Indian journal of veterinary science and animal husbandry - Volumes 22-23, 1952-1953
Year: 1952
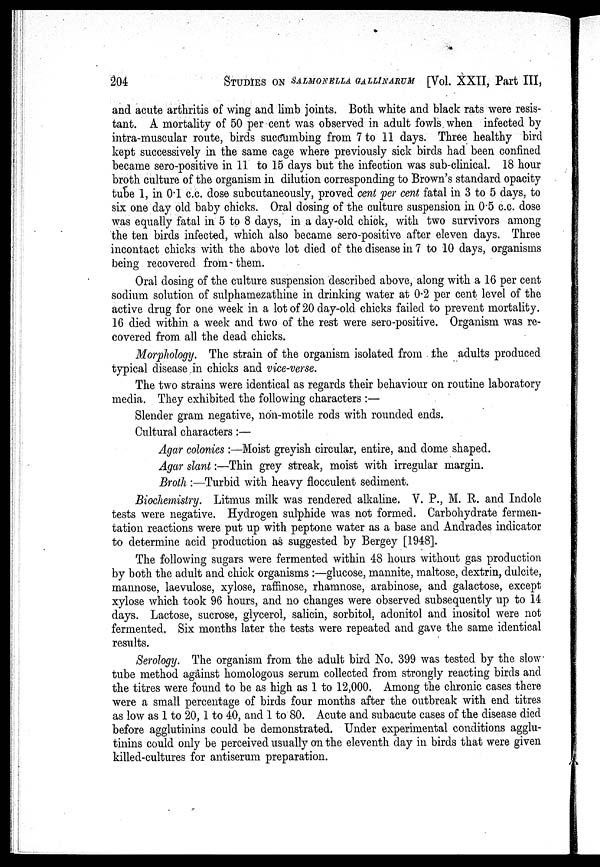
204 STUDIES ON SALMONELLA GALLINARUM [Vol. XXII, Part III,
and acute arthritis of wing and limb joints. Both white and black rats were resis-
tant. A mortality of 50 per cent was observed in adult fowls when infected by
intra-muscular route, birds succumbing from 7 to 11 days. Three healthy bird
kept successively in the same cage where previously sick birds had been confined
became sero-positive in 11 to 15 days but the infection was sub-clinical. 18 hour
broth culture of the organism in dilution corresponding to Brown's standard opacity
tube 1, in 0.1 c.c. dose subcutaneously, proved cent per cent fatal in 3 to 5 days, to
six one day old baby chicks. Oral dosing of the culture suspension in 0.5 c.c. dose
was equally fatal in 5 to 8 days, in a day-old chick, with two survivors among
the ten birds infected, which also became sero-positive after eleven days. Three
incontact chicks with the above lot died of the disease in 7 to 10 days, organisms
being recovered from-them.
Oral dosing of the culture suspension described above, along with a 16 per cent
sodium solution of sulphamezathine in drinking water at 0.2 per cent level of the
active drug for one week in a lot of 20 day-old chicks failed to prevent mortality.
16 died within a week and two of the rest were sero-positive. Organism was re-
covered from all the dead chicks.
Morphology. The strain of the organism isolated from the adults produced
typical disease in chicks and vice-verse.
The two strains were identical as regards their behaviour on routine laboratory
media. They exhibited the following characters :—
Slender gram negative, non-motile rods with rounded ends.
Cultural characters:—
Agar colonies :—Moist greyish circular, entire, and dome shaped.
Agar slant:—Thin grey streak, moist with irregular margin.
Broth :—Turbid with heavy flocculent sediment.
Biochemistry. Litmus milk was rendered alkaline. V. P., M. R. and Indole
tests were negative. Hydrogen sulphide was not formed. Carbohydrate fermen-
tation reactions were put up with peptone water as a base and Andrades indicator
to determine acid production as suggested by Bergey [1948].
The following sugars were fermented within 48 hours without gas production
by both the adult and chick organisms :—glucose, mannite, maltose, dextrin, dulcite,
mannose, laevulose, xylose, raffinose, rhamnose, arabinose, and galactose, except
xylose which took 96 hours, and no changes were observed subsequently up to 14
days. Lactose, sucrose, glycerol, salicin, sorbitol, adonitol and inositol were not
fermented. Six months later the tests were repeated and gave the same identical
results.
Serology. The organism from the adult bird No. 399 was tested by the slow-
tube method against homologous serum collected from strongly reacting birds and
the titres were found to be as high as 1 to 12,000. Among the chronic cases there
were a small percentage of birds four months after the outbreak with end titres
as low as 1 to 20, 1 to 40, and 1 to 80. Acute and subacute cases of the disease died
before agglutinins could be demonstrated. Under experimental conditions agglu-
tinins could only be perceived usually on the eleventh day in birds that were given
killed-cultures for antiserum preparation.